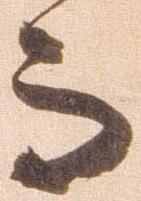
而